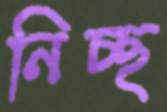
নিচ্ছ